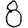
Digit: 8